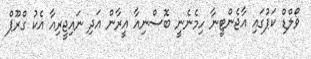
ވޯލްޑް ކަޕުގައި އާޖެންޓީނާ ހިމެނެނީ ބޮސްނިއާ އީރާން އަދި ނައިޖީރިއާ އެކު ގްރޫޕް